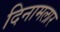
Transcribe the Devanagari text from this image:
दिनामलार